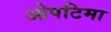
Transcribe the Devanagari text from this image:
ओपटिमा